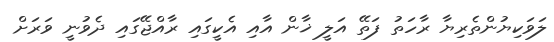
ލަވަކިޔުންތެރިޔާ ރާހަތު ފަތޭ އަލީ ޚާން އާއި އެކީގައި ރާއްޖޭގައި ދެވުނީ ވަރަށް